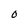
Character: O